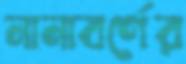
নানাবর্ণের